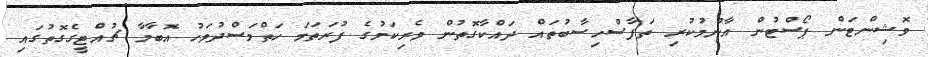
ވޮޝިންޓަން ޕޯސްޓުން އާންމުކުރި ތަފާސްހިސާބުތައް ދައްކާގޮތުން ވެރިކަމުގެ ފުރަތަމަ ހަތްމަސްދުވަހު އޮބާމާ ޗުއްޓީގެގޮތުގައި